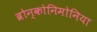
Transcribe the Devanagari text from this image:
ब्रोन्कोनिमोनिया